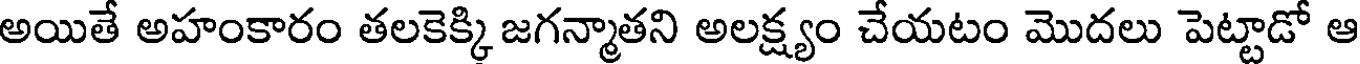
అయితే అహంకారం తలకెక్కి జగన్మాతని అలక్ష్యం చేయటం మొదలు పెట్టాడో ఆ